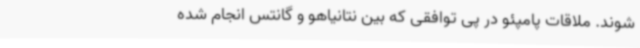
شوند. ملاقات پامپئو در پی توافقی که بین نتانیاهو و گانتس انجام شده